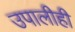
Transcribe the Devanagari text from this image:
उपालीही